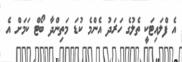
އެ ފްލައިޓަކީ ތެލުގެ ހަރަދު އެންމެ ކުޑަ މަތިންދާ ބޯޓް ކަމަށް އެ